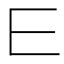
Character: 𰀄